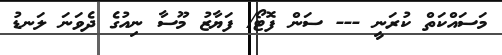
މަސައްކަތް ކުރަނީ --- ސަން ފޮޓޯ/ ފަޔާޒު މޫސާ ނިއުގެ ދެވަނަ ލަނޑު